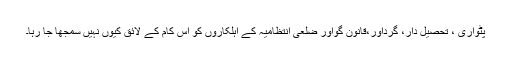
پٹواری ، تحصیل دار، گرداور،قانون گواور ضلعی انتظامیہ کے اہلکاروں کو اس کام کے لائق کیوں نہیں سمجھا جا رہا۔